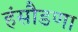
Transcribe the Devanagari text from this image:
हंसौडणा